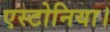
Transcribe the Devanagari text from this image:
एस्टोनिया।